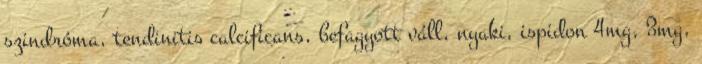
szindróma, tendinitis calcificans, befagyott váll, nyaki, ispidon 4mg, 3mg,